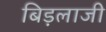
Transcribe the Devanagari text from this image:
बिड़लाजी